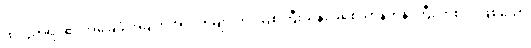
ထိုပညာရပ်၏ အခြေခံ အချက်အလက်များကို ဩစတြီးယန်း ခရစ်ယာန်ဘုန်းကြီး တစ်ပါးဖြစ်သော